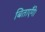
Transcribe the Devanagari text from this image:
बिताएँगे।